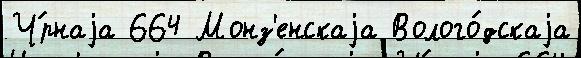
Ч́рнаjа 664 Монз'енскаjа Волого́дскаjа